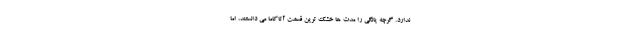
ندارد. گرچه یانگی را مدت ها خشک ترین قسمت آتاکاما می دانستند، اما